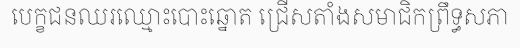
បេក្ខជនឈរឈ្មោះបោះឆ្នោត ជ្រើសតាំងសមាជិកព្រឹទ្ធសភា